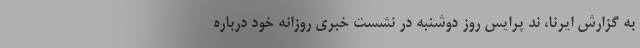
به گزارش ایرنا، ند پرایس روز دوشنبه در نشست خبری روزانه خود درباره